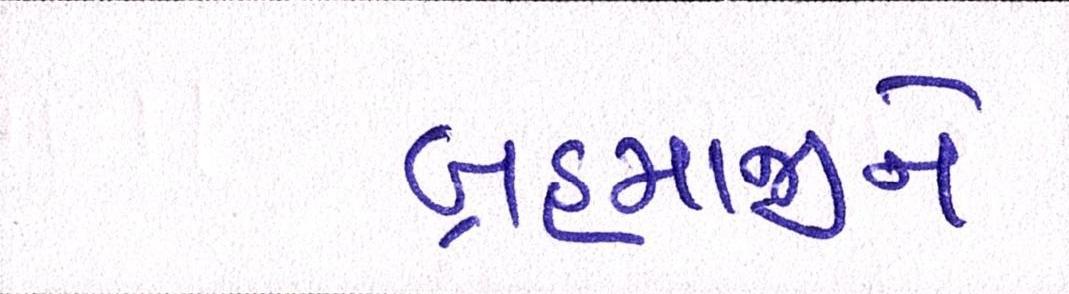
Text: બ્રહ્માજીને